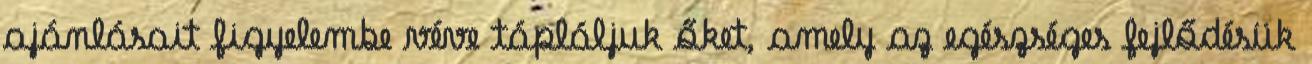
ajánlásait figyelembe véve tápláljuk őket, amely az egészséges fejlődésük